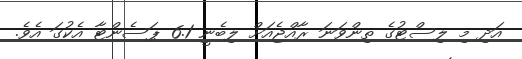
އަދި މި ލިސްޓުގެ ތިންވަނަ ރާއްޖެއަށް ލިބެނީ 6.1 ޕަސެންޓާ އެކުގަ އެވެ.